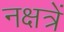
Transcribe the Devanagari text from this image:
नक्षत्रें